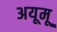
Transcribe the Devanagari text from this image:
अयूमू